Madras plague regulations in force outside the Presidency town - Volume 3
Disease focus: Plague
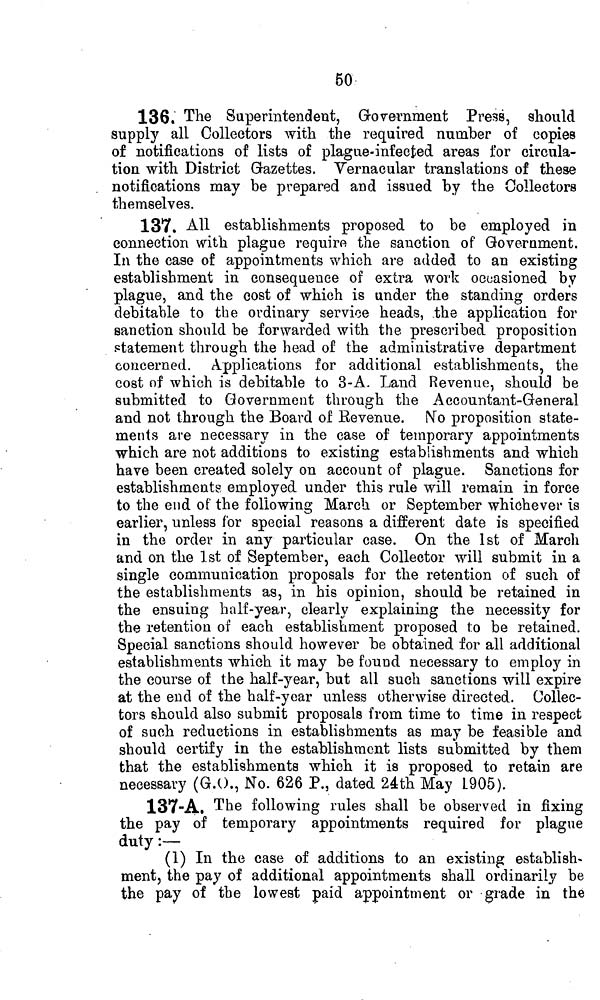
50
136. The Superintendent, Government Press, should
supply all Collectors with the required number of copies
of notifications of lists of plague-infected areas for circula-
tion with District Gazettes. Vernacular translations of these
notifications may he prepared and issued by the Collectors
themselves.
137. All establishments proposed to be employed in
connection with plague require the sanction of Government.
In the case of appointments which are added to an existing
establishment in consequence of extra work occasioned by
plague, and the cost of which is under the standing orders
debitahle to the ordinary service heads, the application for
sanction should be forwarded with the prescribed proposition
statement through the head of the administrative department
concerned. Applications for additional establishmeats, the
cost of which is debitable to 3-A. Land Revenue, should be
submitted to Government through the Accountant-General
and not through the Board of Eevenue. N"o proposition state-
ments are necessary in the case of temporary appointments
which are not additions to existing establishments and which
have been created solely on account of plague. Sanctions for
establishment? employed under this rule will remain in force
to the end of the following March or September whichever is
earlier, unless for special reasons a different date is specified
in the order in any particular case. On the 1st of March
and on the 1st of September, each Collector will submit in a
single communication proposals for the retention of such of
the establishments as, in his opinion, should be retained in
the ensuing half-year, clearly explaining the necessity for
the retention of each establishment proposed to be retained.
Special sanctions should however be obtained for all additional
establishments which it may be found necessary to employ in
the course of the half-year, but all such sanctions will expire
at the end of the half-year unless otherwise directed. Collec-
tors should also submit proposals from time to time in respect
of such reductions in establishments as may be feasible and
should certify in the establishment lists submitted by them
that the establishments which it is proposed to retain are
necessary (G.O., No. 626 P., dated 2ath May L905).
137-A. The following rules shall be observed in fixing
the pay of temporary appointments required for plague
duty :—
(1) In the case of additions to an existing establish-
ment, the pay of additional appointments shall ordinarily be
the pay of the lowest paid appointment or grade in the